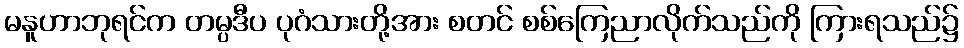
မနူဟာဘုရင်က တမ္ပဒီပ ပုဂံသားတို့အား စတင် စစ်ကြေညာလိုက်သည်ကို ကြားရသည်၌